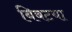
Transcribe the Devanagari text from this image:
बिबटया